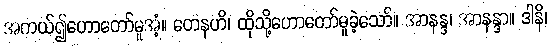
အကယ်၍ဟောတော်မူအံ့။ တေနဟိ၊ ထိုသို့ဟောတော်မူခဲ့သော်။ အာနန္ဒ၊ အာနန္ဒာ။ ဒါနိ၊